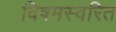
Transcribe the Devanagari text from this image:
विषमस्वरित